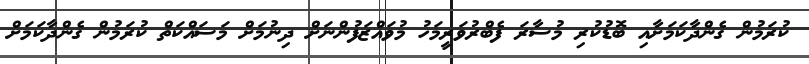
ކުރަމުން ގެންދާކަމަށާއި ބޮޑުކުރި މުސާރަ ފެބްރުވަރީމަހު މުވައްޒަފުންނަށް ދިނުމަށް މަސައްކަތް ކުރަމުން ގެންދާކަމަށް